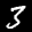
Label: 3